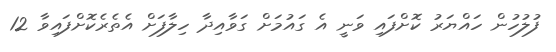
ފުލުހުން ހައްޔަރު ކޮށްފައި ވަނީ އެ ގައުމަށް ގަވާއިދާ ހިލާފަށް އެތެރެކޮށްފައިވާ 12